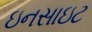
ઇનસાઇટ